Annual administration report of the Civil Veterinary Department, Ajmere-Merwara, British Rajputana - 1914-1940
Year: 1914
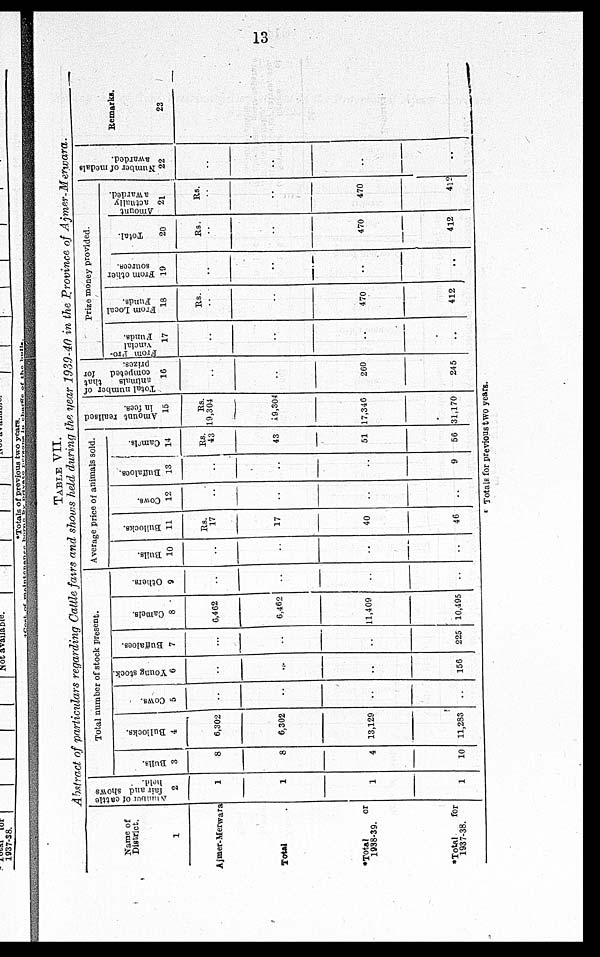
13
TABLE VII.
Abstract of particulars regarding Cattle fairs and shouts held during the year 1939-40 in the Province of Ajmer-Merwara.
Name of
District.
1
Ajmer-Merwara
Total .
*Total
or
1938-39.
*Total
for
1937-38.
Number of cattle
fair and shows
held.
2
1
1
1
1
Total number of stock present.
Bulls.
3
8
8
4
10
Bullocks.
4
6,302
6,302
13,129
11,283
Cows.
5
..
..
..
..
Young stock.
6
..
..
..
156
Buffaloes.
7
...
..
..
225
Camels.
8
6,462
6,462
11,409
10,495
Others.
9
..
..
..
..
Average price of animals sold.
Bulls.
10
..
..
..
..
Bullocks.
11
Rs.
17
17
40
46
Cows.
12
..
..
..
..
Buffaloes.
13
..
..
..
9
Camels.
14
Rs.
43
43
51
56
Amount realised
in fees.
15
Rs.
19,304
19,304
17,346
31,170
Total number of
animals
that
competed
for
prizes.
16
..
..
260
245
Pr i
ze m o n e y pr ovi de d.
From pro-
vincial
Funds.
17
..
..
..
..
From Local
Funds.
18
Rs.
..
..
470
412
From other
sources.
19
..
..
..
..
Total.
20
Rs.
..
..
470
412
Amount
actually
awarded.
21
Rs.
..
..
470
412
Number of medals
awarded.
22
..
..
..
..
Remarks.
23
* Totals for previous two years.